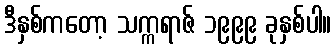
ဒီနှစ်ကတော့ သက္ကရာဇ် ၁၉၉၉ ခုနှစ်ပါ။